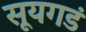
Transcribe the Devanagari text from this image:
सूयगडं